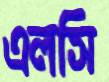
এলসি